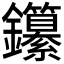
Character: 𨰭